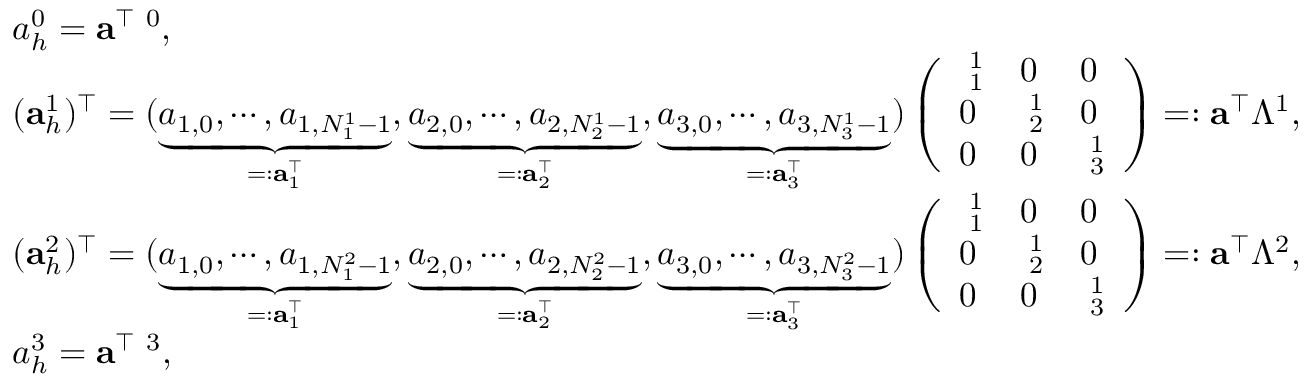
\begin{array} { r l } & { { a } _ { h } ^ { 0 } = { \mathbf a } ^ { \top } { \mathbf \Lambda } ^ { 0 } , } \\ & { ( { \mathbf a } _ { h } ^ { 1 } ) ^ { \top } = ( \underbrace { a _ { 1 , 0 } , \cdots , a _ { 1 , N _ { 1 } ^ { 1 } - 1 } } _ { = : { \mathbf a } _ { 1 } ^ { \top } } , \underbrace { a _ { 2 , 0 } , \cdots , a _ { 2 , N _ { 2 } ^ { 1 } - 1 } } _ { = : { \mathbf a } _ { 2 } ^ { \top } } , \underbrace { a _ { 3 , 0 } , \cdots , a _ { 3 , N _ { 3 } ^ { 1 } - 1 } } _ { = : { \mathbf a } _ { 3 } ^ { \top } } ) \left( \begin{array} { l l l } { { \mathbf \Lambda } _ { 1 } ^ { 1 } } & { 0 } & { 0 } \\ { 0 } & { { \mathbf \Lambda } _ { 2 } ^ { 1 } } & { 0 } \\ { 0 } & { 0 } & { { \mathbf \Lambda } _ { 3 } ^ { 1 } } \end{array} \right) = : { \mathbf a } ^ { \top } \mathbb { \Lambda } ^ { 1 } , } \\ & { ( { \mathbf a } _ { h } ^ { 2 } ) ^ { \top } = ( \underbrace { a _ { 1 , 0 } , \cdots , a _ { 1 , N _ { 1 } ^ { 2 } - 1 } } _ { = : { \mathbf a } _ { 1 } ^ { \top } } , \underbrace { a _ { 2 , 0 } , \cdots , a _ { 2 , N _ { 2 } ^ { 2 } - 1 } } _ { = : { \mathbf a } _ { 2 } ^ { \top } } , \underbrace { a _ { 3 , 0 } , \cdots , a _ { 3 , N _ { 3 } ^ { 2 } - 1 } } _ { = : { \mathbf a } _ { 3 } ^ { \top } } ) \left( \begin{array} { l l l } { { \mathbf \Lambda } _ { 1 } ^ { 1 } } & { 0 } & { 0 } \\ { 0 } & { { \mathbf \Lambda } _ { 2 } ^ { 1 } } & { 0 } \\ { 0 } & { 0 } & { { \mathbf \Lambda } _ { 3 } ^ { 1 } } \end{array} \right) = : { \mathbf a } ^ { \top } \mathbb { \Lambda } ^ { 2 } , } \\ & { { a } _ { h } ^ { 3 } = { \mathbf a } ^ { \top } { \mathbf \Lambda } ^ { 3 } , } \end{array}